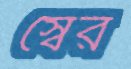
স্বৈর